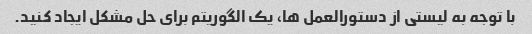
با توجه به لیستی از دستورالعمل ها، یک الگوریتم برای حل مشکل ایجاد کنید.